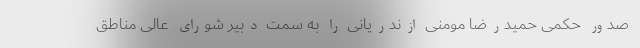
صدور حکمی حمیدرضا مومنی ازندریانی را به سمت دبیر شورای عالی مناطق